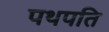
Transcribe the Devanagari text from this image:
पथपति